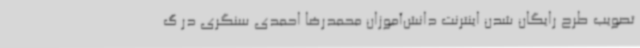
تصویب طرح رایگان شدن اینترنت دانش‌آموزان محمدرضا احمدی سنگری در گ